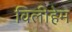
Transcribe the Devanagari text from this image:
विलीहेम